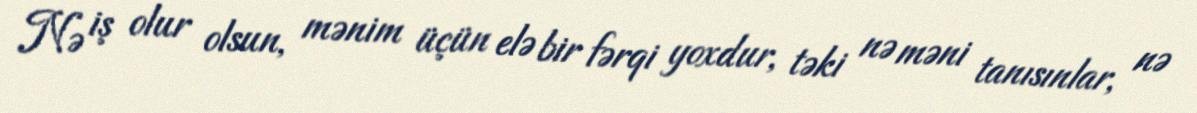
Nə iş olur olsun, mənim üçün elə bir fərqi yoxdur, təki nə məni tanısınlar, nə